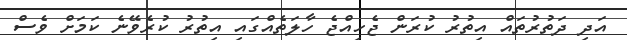
އަދި ދަތުރުތައް އިތުރު ކުރަން ޖެހިއްޖެ ހާލަތެއްގައި އިތުރު ކުރެވޭނެ ކަމަށް ވެސް